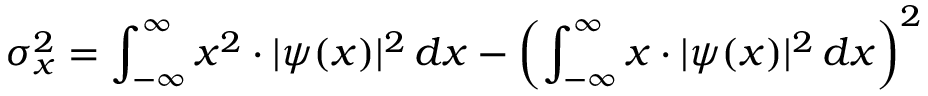
\sigma _ { x } ^ { 2 } = \int _ { - \infty } ^ { \infty } x ^ { 2 } \cdot | \psi ( x ) | ^ { 2 } \, d x - \left( \int _ { - \infty } ^ { \infty } x \cdot | \psi ( x ) | ^ { 2 } \, d x \right) ^ { 2 }